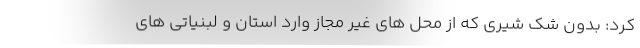
کرد: بدون شک شیری که از محل های غیر مجاز وارد استان و لبنیاتی های